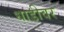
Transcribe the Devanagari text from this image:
धाडीवर